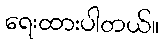
ရေးထားပါတယ်။